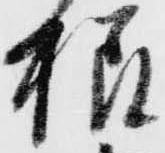
様